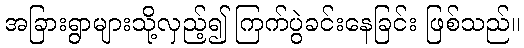
အခြားရွာများသို့လှည့်၍ ကြက်ပွဲခင်းနေခြင်း ဖြစ်သည်။